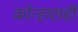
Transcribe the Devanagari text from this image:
कोन्हासही